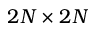
2 N \times 2 N